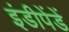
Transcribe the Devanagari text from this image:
इंडीपेंडें